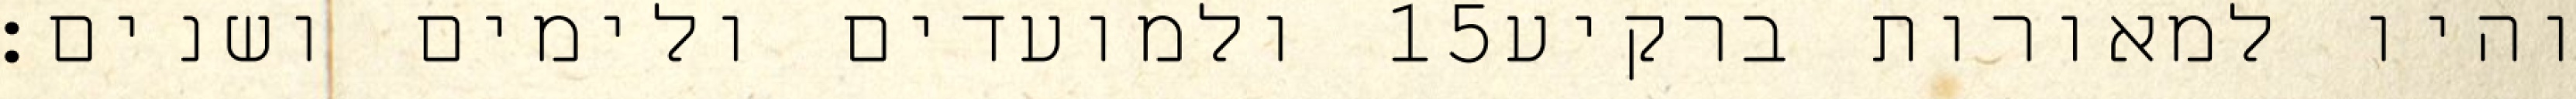
ולמועדים ולימים ושנים׃ ‎15‏ והיו למאורות ברקיע